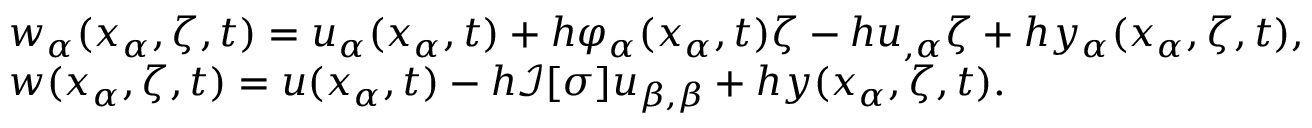
\begin{array} { r l } & { w _ { \alpha } ( x _ { \alpha } , \zeta , t ) = u _ { \alpha } ( x _ { \alpha } , t ) + h \varphi _ { \alpha } ( x _ { \alpha } , t ) \zeta - h u _ { , \alpha } \zeta + h y _ { \alpha } ( x _ { \alpha } , \zeta , t ) , } \\ & { w ( x _ { \alpha } , \zeta , t ) = u ( x _ { \alpha } , t ) - h \mathcal { I } [ \sigma ] u _ { \beta , \beta } + h y ( x _ { \alpha } , \zeta , t ) . } \end{array}